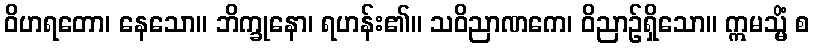
ဝိဟရတော၊ နေသော။ ဘိက္ခုနော၊ ရဟန်း၏။ သဝိညာဏကေ၊ ဝိညာဉ်ရှိသော။ ဣမသ္မိံ စ